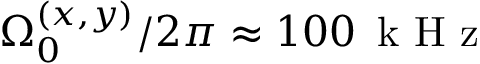
\Omega _ { 0 } ^ { ( x , y ) } / 2 \pi \approx 1 0 0 \, \mathrm { ~ k ~ H ~ z ~ }